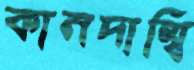
কানদাম্বি